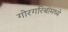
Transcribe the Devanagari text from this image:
गोरगरिबांमध्ये